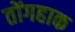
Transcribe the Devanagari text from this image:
तोंगहाक